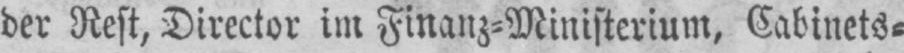
der Rest, Director im Finanz⸗Ministerium, Cabinets⸗